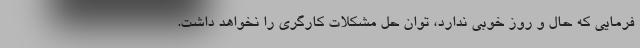
فرمایی که حال و روز خوبی ندارد، توان حل مشکلات کارگری را نخواهد داشت.